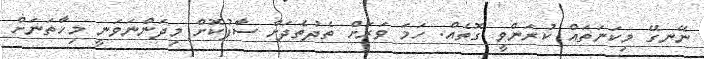
ނޭނގޭ މިކަނަތައް ކުރަންވީ ގޮތެއް. ހަމަ ވަރަށް ތެދުތެދަށް ސާފުކޮށް މިދަންނަވަނީ މިހާތަނަށް